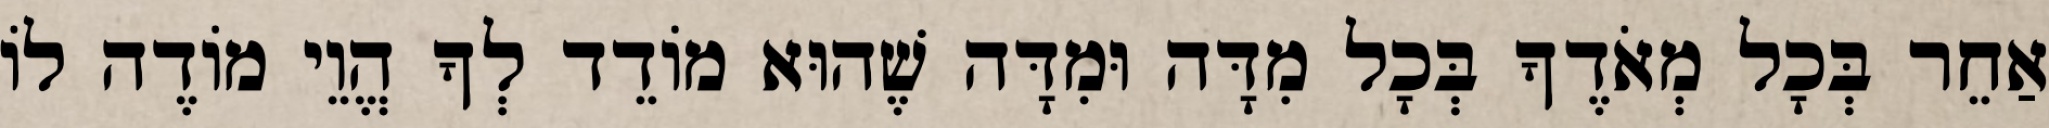
אַחֵר בְּכָל מְאֹדֶךָ בְּכָל מִדָּה וּמִדָּה שֶׁהוּא מוֹדֵד לְךָ הֱוֵי מוֹדֶה לוֹ